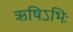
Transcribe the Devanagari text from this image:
ऋषिऽभिः